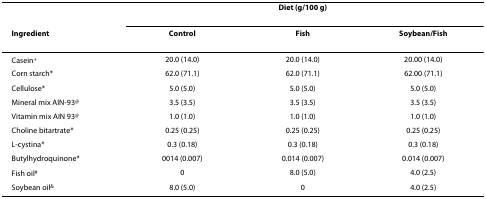
|  |  | Diet (g/100 g) |  |
 | Ingredient | Control | Fish | Soybean/Fish |
 | --- | --- | --- | --- |
 | Casein+ | 20.0 (14.0) | 20.0 (14.0) | 20.00 (14.0) |
 | Corn starch* | 62.0 (71.1) | 62.0 (71.1) | 62.00 (71.1) |
 | Cellulose* | 5.0 (5.0) | 5.0 (5.0) | 5.0 (5.0) |
 | Mineral mix AIN-93@ | 3.5 (3.5) | 3.5 (3.5) | 3.5 (3.5) |
 | Vitamin mix AIN 93@ | 1.0 (1.0) | 1.0 (1.0) | 1.0 (1.0) |
 | Choline bitartrate* | 0.25 (0.25) | 0.25 (0.25) | 0.25 (0.25) |
 | L-cystina* | 0.3 (0.18) | 0.3 (0.18) | 0.3 (0.18) |
 | Butylhydroquinone* | 0014 (0.007) | 0.014 (0.007) | 0.014 (0.007) |
 | Fish oil# | 0 | 8.0 (5.0) | 4.0 (2.5) |
 | Soybean oil& | 8.0 (5.0) | 0 | 4.0 (2.5) |